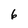
Character: 6